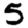
Digit: 5